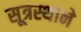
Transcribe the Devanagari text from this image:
सूत्रस्थाने